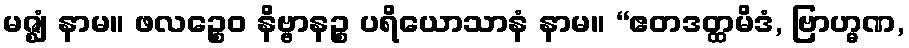
မဇ္ဈံ နာမ။ ဖလဉ္စေဝ နိဗ္ဗာနဉ္စ ပရိယောသာနံ နာမ။ “ဧတဒတ္ထမိဒံ, ဗြာဟ္မဏ,